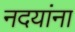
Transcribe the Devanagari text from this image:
नदयांना